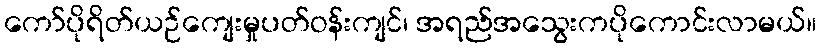
ကော်ပိုရိတ်ယဉ်ကျေးမှုပတ်ဝန်းကျင်၊ အရည်အသွေးကပိုကောင်းလာမယ်။